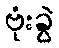
ဗုံးခွဲ